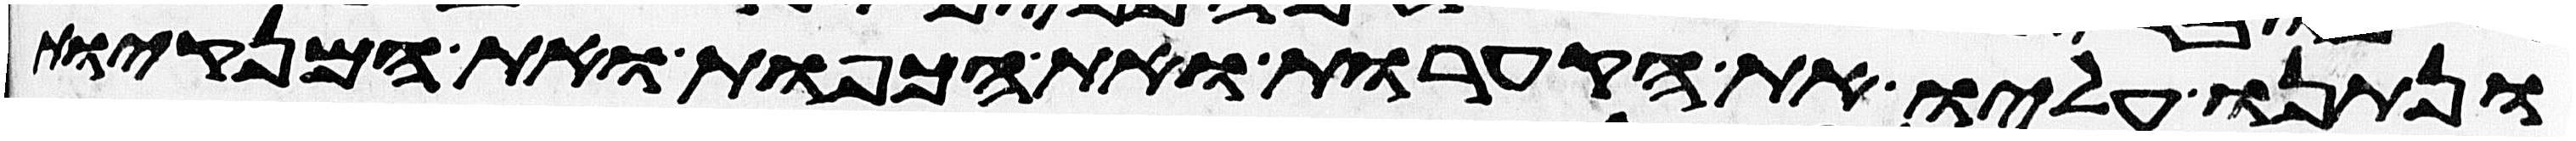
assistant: ונתנו עליו את הקערות ואת הכפות ואת המנקיות